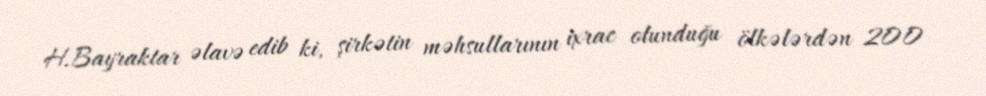
H.Bayraktar əlavə edib ki, şirkətin məhsullarının ixrac olunduğu ölkələrdən 200